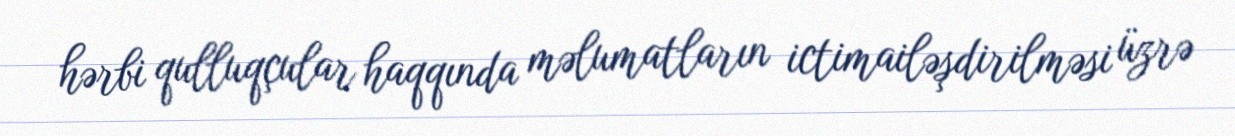
hərbi qulluqçular haqqında məlumatların ictimailəşdirilməsi üzrə